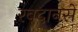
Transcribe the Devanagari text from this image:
रबदानसे